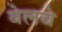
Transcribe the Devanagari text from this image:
बेलचे